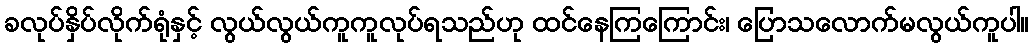
ခလုပ်နှိပ်လိုက်ရုံနှင့် လွယ်လွယ်ကူကူလုပ်ရသည်ဟု ထင်နေကြကြောင်း၊ ပြောသလောက်မလွယ်ကူပါ။